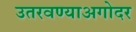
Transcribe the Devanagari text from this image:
उतरवण्याअगोदर